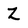
Character: Z